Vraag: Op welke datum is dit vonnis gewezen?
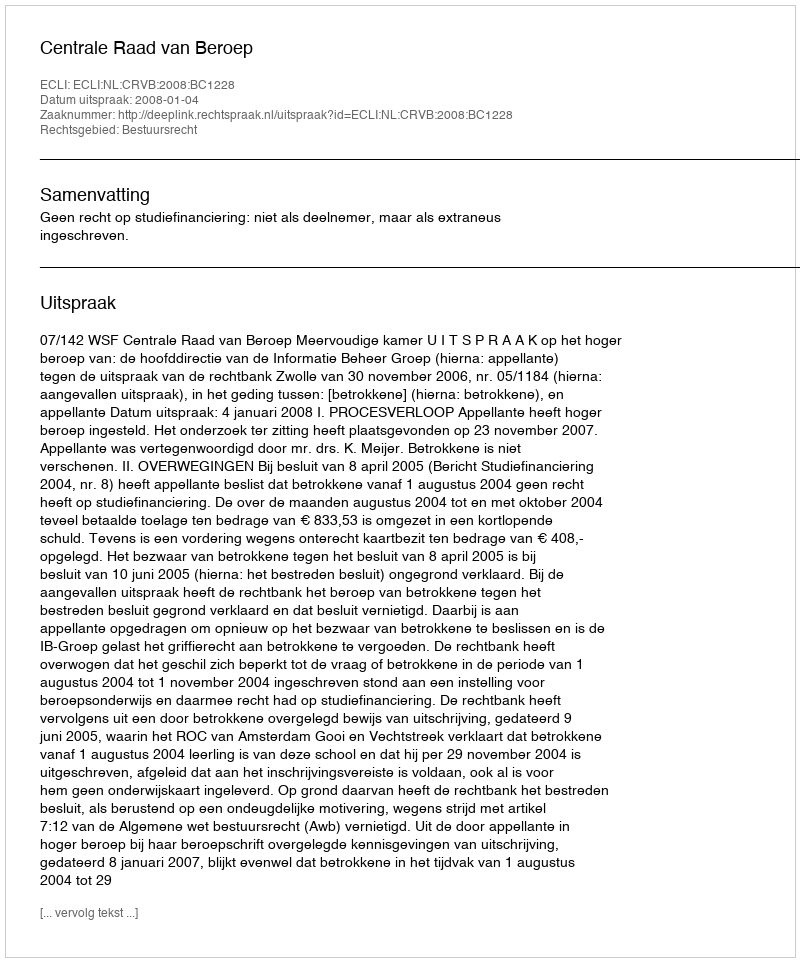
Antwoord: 2008-01-04